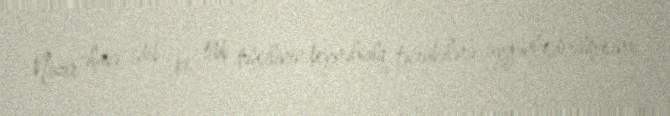
Nazir əlavə edib ki, tibb təhsilinin beynəlxalq təcrübələrə uyğunlaşdırılmasına